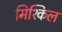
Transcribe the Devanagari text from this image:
मिश्किल